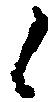
候